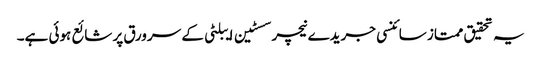
یہ تحقیق ممتاز سائنسی جریدے نیچر سسٹین ایبلٹی کے سرورق پر شائع ہوئی ہے۔